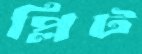
প্লিট